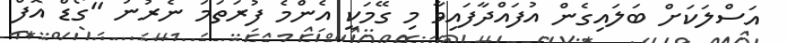
އަސްލަކަށް ބަލައިގެން އުފައްދާފައިވާ މި ގޭމަކީ އެންމެ ފުރަތަމަ ނެރުނު "ގޯޑް އޮފް